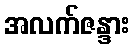
အလက်ဇန္ဒား